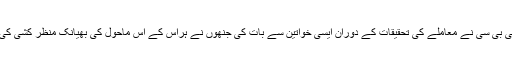
بی بی سی نے معاملے کی تحقیقات کے دوران ایسی خواتین سے بات کی جنھوں نے ہراس کے اس ماحول کی بھیانک منظر کشی کی۔